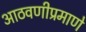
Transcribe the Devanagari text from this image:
आठवणीप्रमाणे